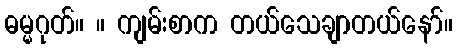
ဓမ္မဂုတ်။ ။ ကျမ်းစာက တယ်သေချာတယ်နော်။